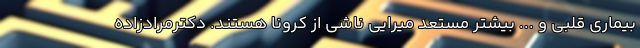
بیماری قلبی و ... بیشتر مستعد میرایی ناشی از کرونا هستند. دکترمرادزاده